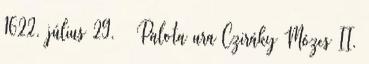
1622. július 29. – Palota ura Cziráky Mózes II.